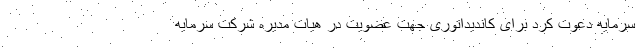
سرمایه دعوت کرد برای کاندیداتوری جهت عضویت در هیات مدیره شرکت سرمایه